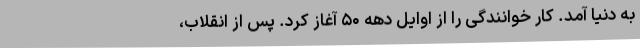
به دنیا آمد. کار خوانندگی را از اوایل دهه ۵۰ آغاز کرد. پس از انقلاب،